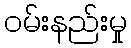
ဝမ်းနည်းမှု